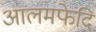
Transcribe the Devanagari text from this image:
आलमफेदि